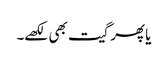
یا پھر گیت بھی لکھے۔